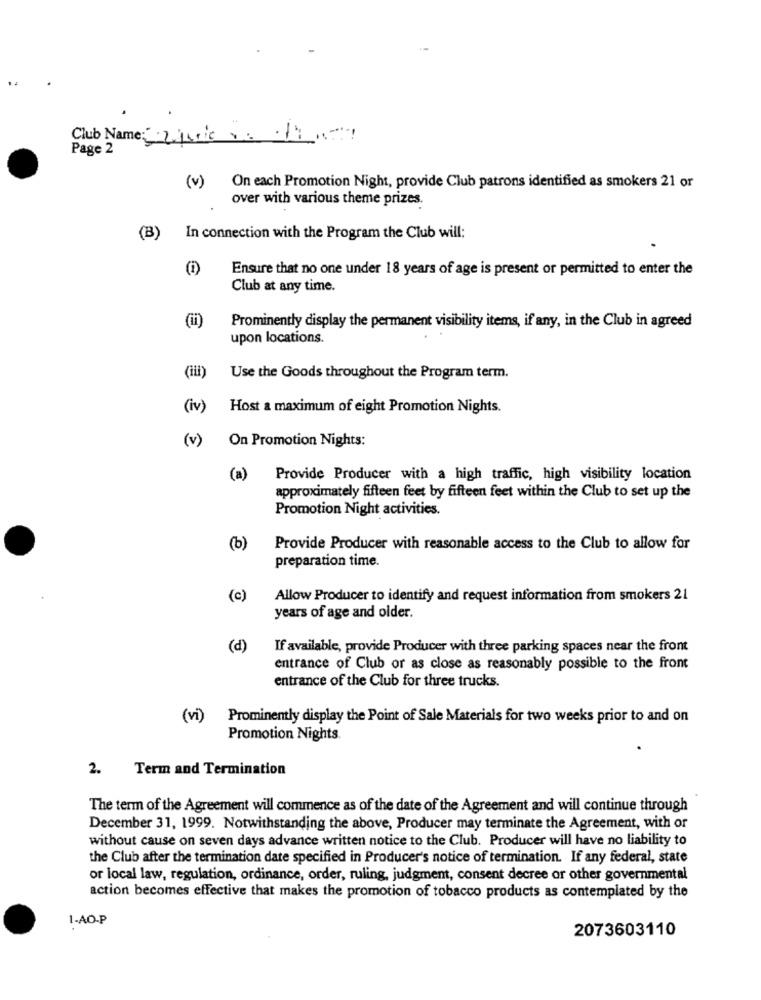
Club Name: 2jule: 1
Page 2
(v) On each Promotion Night, provide Club patrons identified as smokers 21 or
over with various theme prizes.
(B)
In connection with the Program the Club will:
(i)
Ensure that no one under 18 years of age is present or permitted to enter the
Club at any time.
Prominently display the permanent visibility items, if any, in the Club in agreed
upon locations.
(iii)
Use the Goods throughout the Program term.
(iv)
Host a maximum of eight Promotion Nights.
(v)
On Promotion Nights:
(a)
Provide Producer with a high traffic, high visibility location
approximately fifteen feet by fifteen feet within the Club to set up the
Promotion Night activities.
(b)
Provide Producer with reasonable access to the Club to allow for
preparation time.
(c)
Allow Producer to identify and request information from smokers 21
years of age and older.
(d)
If available, provide Producer with three parking spaces near the front
entrance of Club or as close as reasonably possible to the front
entrance of the Club for three trucks.
(vi)
Prominently display the Point of Sale Materials for two weeks prior to and on
Promotion Nights.
2. Term and Termination
The term of the Agreement will commence as of the date of the Agreement and will continue through
December 31, 1999. Notwithstanding the above, Producer may terminate the Agreement, with or
without cause on seven days advance written notice to the Club. Producer will have no liability to
the Club after the termination date specified in Producer's notice of termination. If any federal, state
or local law, regulation, ordinance, order, ruling, judgment, consent decree or other governmental
action becomes effective that makes the promotion of tobacco products as contemplated by the
1-AO-P
2073603110